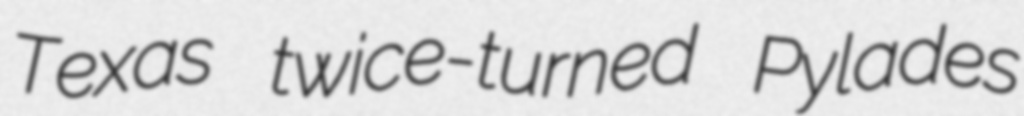
Texas twice-turned Pylades